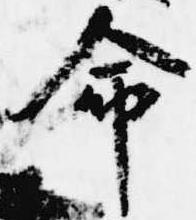
命